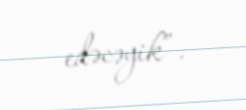
edəcəyik”.